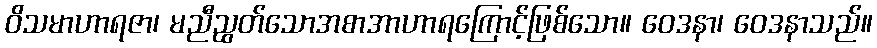
ဝိသမာဟာရဇာ၊ မညီညွတ်သောအစာအာဟာရကြောင့်ဖြစ်သော။ ဝေဒနာ၊ ဝေဒနာသည်။